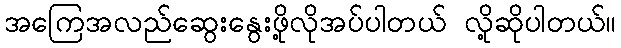
အကြေအလည်ဆွေးနွေးဖို့လိုအပ်ပါတယ် လို့ဆိုပါတယ်။